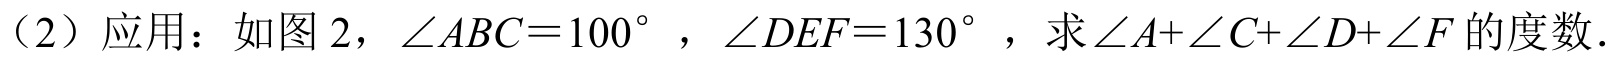
（2）应用：如图 2，$\angle ABC = 100^{\circ}$，$\angle DEF = 130^{\circ}$，求$\angle A+\angle C+\angle D+\angle F$的度数．